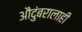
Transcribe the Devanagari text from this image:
औदुंबरालाही